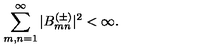
\sum _ { m , n = 1 } ^ { \infty } | B _ { m n } ^ { ( \pm ) } | ^ { 2 } < \infty .